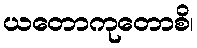
ယတောကုတောစိ၊